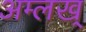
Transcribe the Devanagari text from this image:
अम्लख्